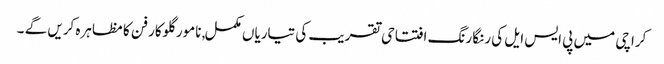
کراچی میں پی ایس ایل کی رنگا رنگ افتتاحی تقریب کی تیاریاں مکمل, نامور گلوکار فن کا مظاہرہ کریں گے ۔